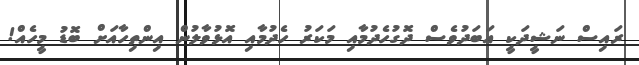
ރައިސް ނަޝީދަކީ އަބަދުވެސް ދޮގުހެދުމާއި މަކަރު ހެދުމާއި އޮޅުވާލުން އިންތިހާއަށް ބޮޑު މީހެއް!